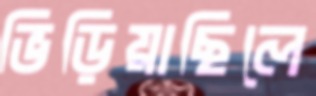
ভিড়িয়াছিলে